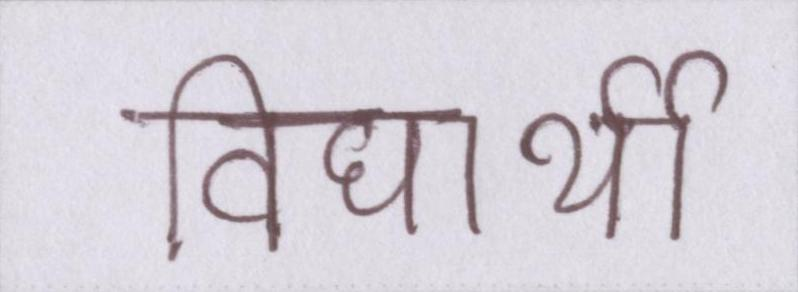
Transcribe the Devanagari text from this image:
विद्यार्थी